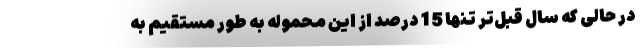
در حالی که سال قبل‌تر تنها 15 درصد از این محموله به طور مستقیم به